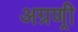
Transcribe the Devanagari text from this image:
अग्रण्री